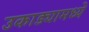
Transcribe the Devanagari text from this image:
उकाड्यामध्ये